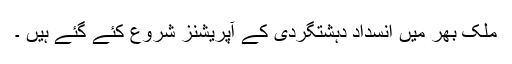
ملک بھر میں انسداد دہشتگردی کے آپریشنز شروع کئے گئے ہیں ۔